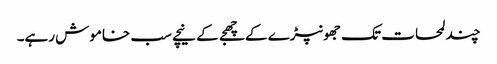
چند لمحات تک جھونپڑے کے چھجے کے نیچے سب خاموش رہے۔